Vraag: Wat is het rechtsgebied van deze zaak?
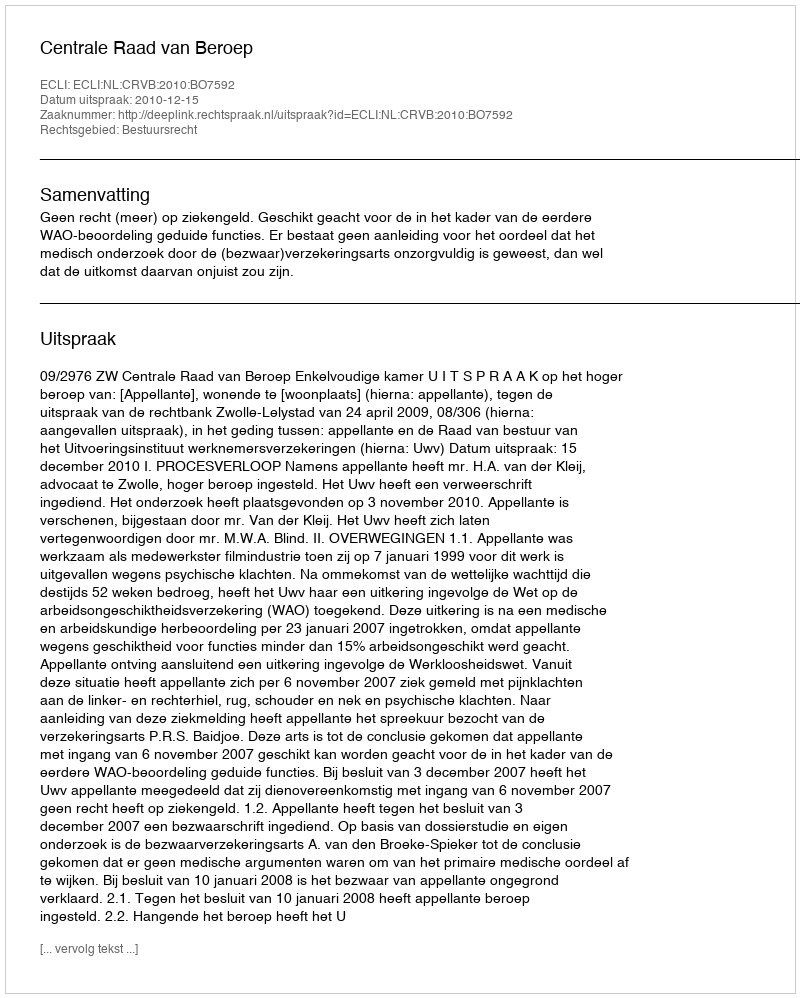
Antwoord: Bestuursrecht